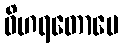
ဝိဟရတောပေ